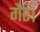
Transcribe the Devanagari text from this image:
गैर।